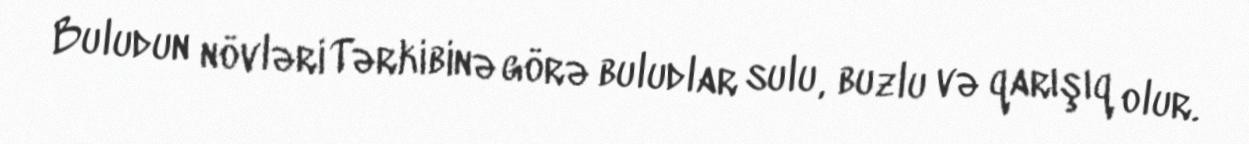
Buludun növləri Tərkibinə görə buludlar sulu, buzlu və qarışıq olur.